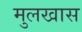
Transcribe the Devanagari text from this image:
मुलखास